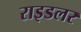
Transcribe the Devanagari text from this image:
राइडलर